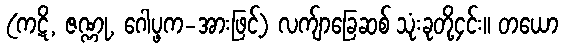
(ကဋိ, ဇဏ္ဏု, ဂေါပ္ဖက-အားဖြင့်) လက်ျာခြေဆစ် သုံးခုတို့၄င်း။ တယော